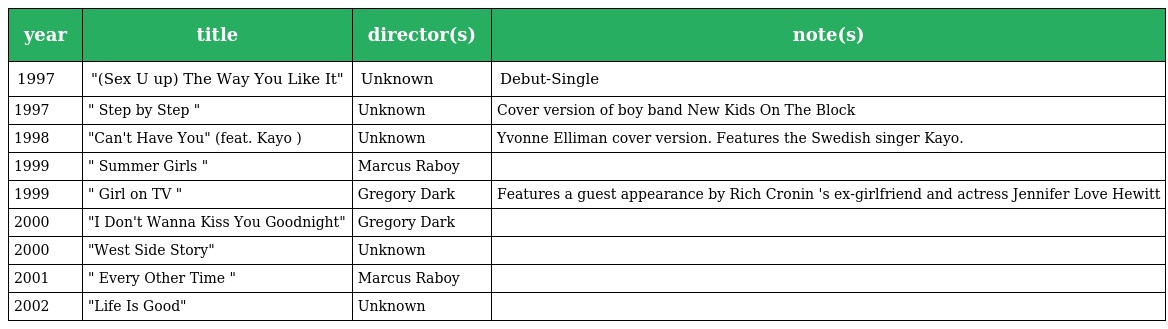
| year | title | director(s) | note(s) |
 | --- | --- | --- | --- |
 | 1997 | "(Sex U up) The Way You Like It" | Unknown | Debut-Single |
 | 1997 | " Step by Step " | Unknown | Cover version of boy band New Kids On The Block |
 | 1998 | "Can't Have You" (feat. Kayo ) | Unknown | Yvonne Elliman cover version. Features the Swedish singer Kayo. |
 | 1999 | " Summer Girls " | Marcus Raboy |  |
 | 1999 | " Girl on TV " | Gregory Dark | Features a guest appearance by Rich Cronin 's ex-girlfriend and actress Jennifer Love Hewitt |
 | 2000 | "I Don't Wanna Kiss You Goodnight" | Gregory Dark |  |
 | 2000 | "West Side Story" | Unknown |  |
 | 2001 | " Every Other Time " | Marcus Raboy |  |
 | 2002 | "Life Is Good" | Unknown |  |